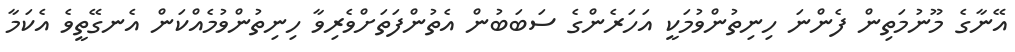
އޭނާގެ މޫނުމަތިން ފެންނަ ހިނިތުންވުމަކީ އަހަރެންގެ ސަބަބުން އެތުންފަތަށްވެރިވާ ހިނިތުންވުމެއްކަން އެނގޭތީވެ އެކަމާ